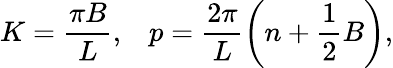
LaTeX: K=\frac{\pi B}{L},\; \; \; p=\frac{2\pi}{L}\left(n+\frac 12B\right),